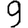
Digit: 9